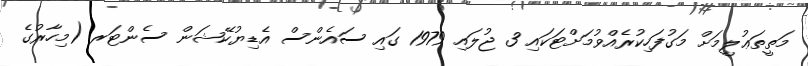
މަތީތަޢުލީމަށް މަގުފަހިކުރެއްވުމަށްޓަކައި 3 ޖުލައި 1979 ގައި ސައެންސް އެޑިޔުކޭޝަން ސެންޓަރ (މިހާރުގެ